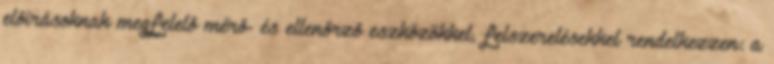
elõírásoknak megfelelõ mérõ- és ellenõrzõ eszközökkel, felszerelésekkel rendelkezzen: a